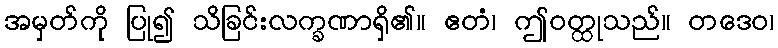
အမှတ်ကို ပြု၍ သိခြင်းလက္ခဏာရှိ၏။ ဧတံ၊ ဤဝတ္ထုသည်။ တဒေဝ၊